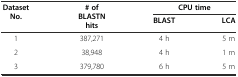
<table><thead><tr><td rowspan="2"><b>Dataset No.</b></td><td rowspan="2"><b># of BLASTN hits</b></td><td colspan="2"><b>CPU time</b></td></tr><tr><td><b>BLAST</b></td><td><b>LCA</b></td></tr></thead><tbody><tr><td>1</td><td>387,271</td><td>4 h</td><td>5 m</td></tr><tr><td>2</td><td>38,948</td><td>4 h</td><td>1 m</td></tr><tr><td>3</td><td>379,780</td><td>6 h</td><td>5 m</td></tr></tbody></table>